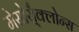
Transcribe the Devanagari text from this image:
मेसोसै्क्लोन्स